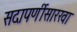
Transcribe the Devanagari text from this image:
सदापर्णीसारखा